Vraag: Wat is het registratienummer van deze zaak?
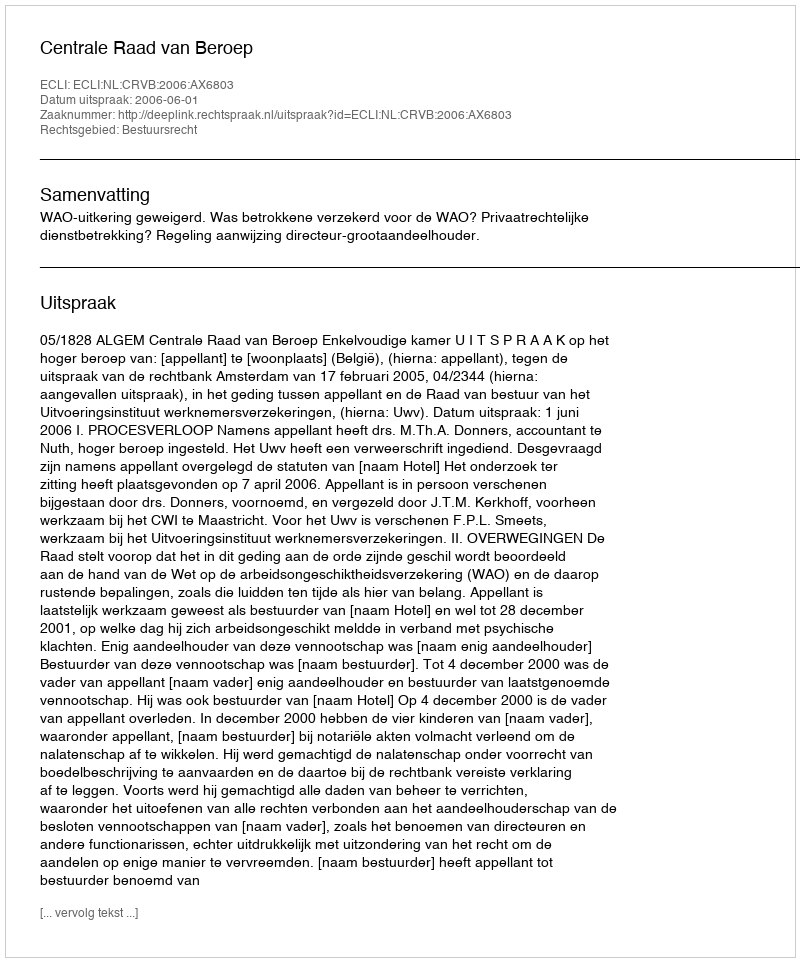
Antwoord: http://deeplink.rechtspraak.nl/uitspraak?id=ECLI:NL:CRVB:2006:AX6803